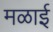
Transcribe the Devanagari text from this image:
मळाई